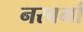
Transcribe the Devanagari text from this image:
नरवर्मा